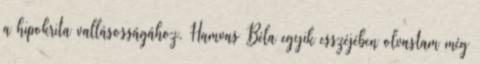
a hipokrita vallásosságához. Hamvas Béla egyik esszéjében olvastam még